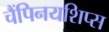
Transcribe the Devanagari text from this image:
चैंपिनयशिप्स